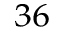
^ { 3 6 }